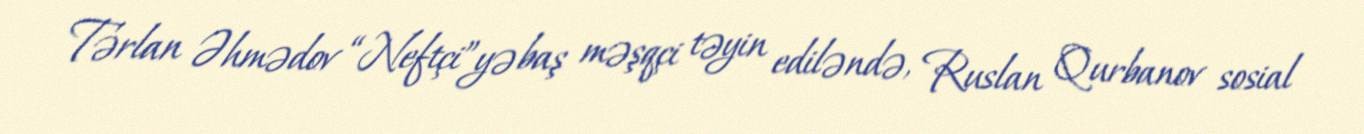
Tərlan Əhmədov “Neftçi”yə baş məşqçi təyin ediləndə, Ruslan Qurbanov sosial